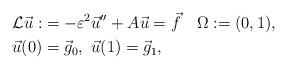
LaTeX: \begin{align*}{\cal L}\vec{u}:&= -\varepsilon^2\vec{u}'' + A\vec{u}= \vec{f}\quad\Omega:=(0,1),\\\vec{u}(0) &=\vec{g}_0,\ \vec{u}(1) =\vec{g}_1,\end{align*}